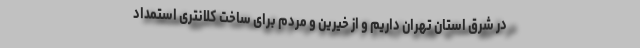
در شرق استان تهران داریم و از خیرین و مردم برای ساخت کلانتری استمداد